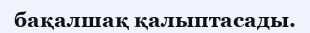
бақалшақ қалыптасады.